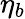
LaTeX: \eta_{b}